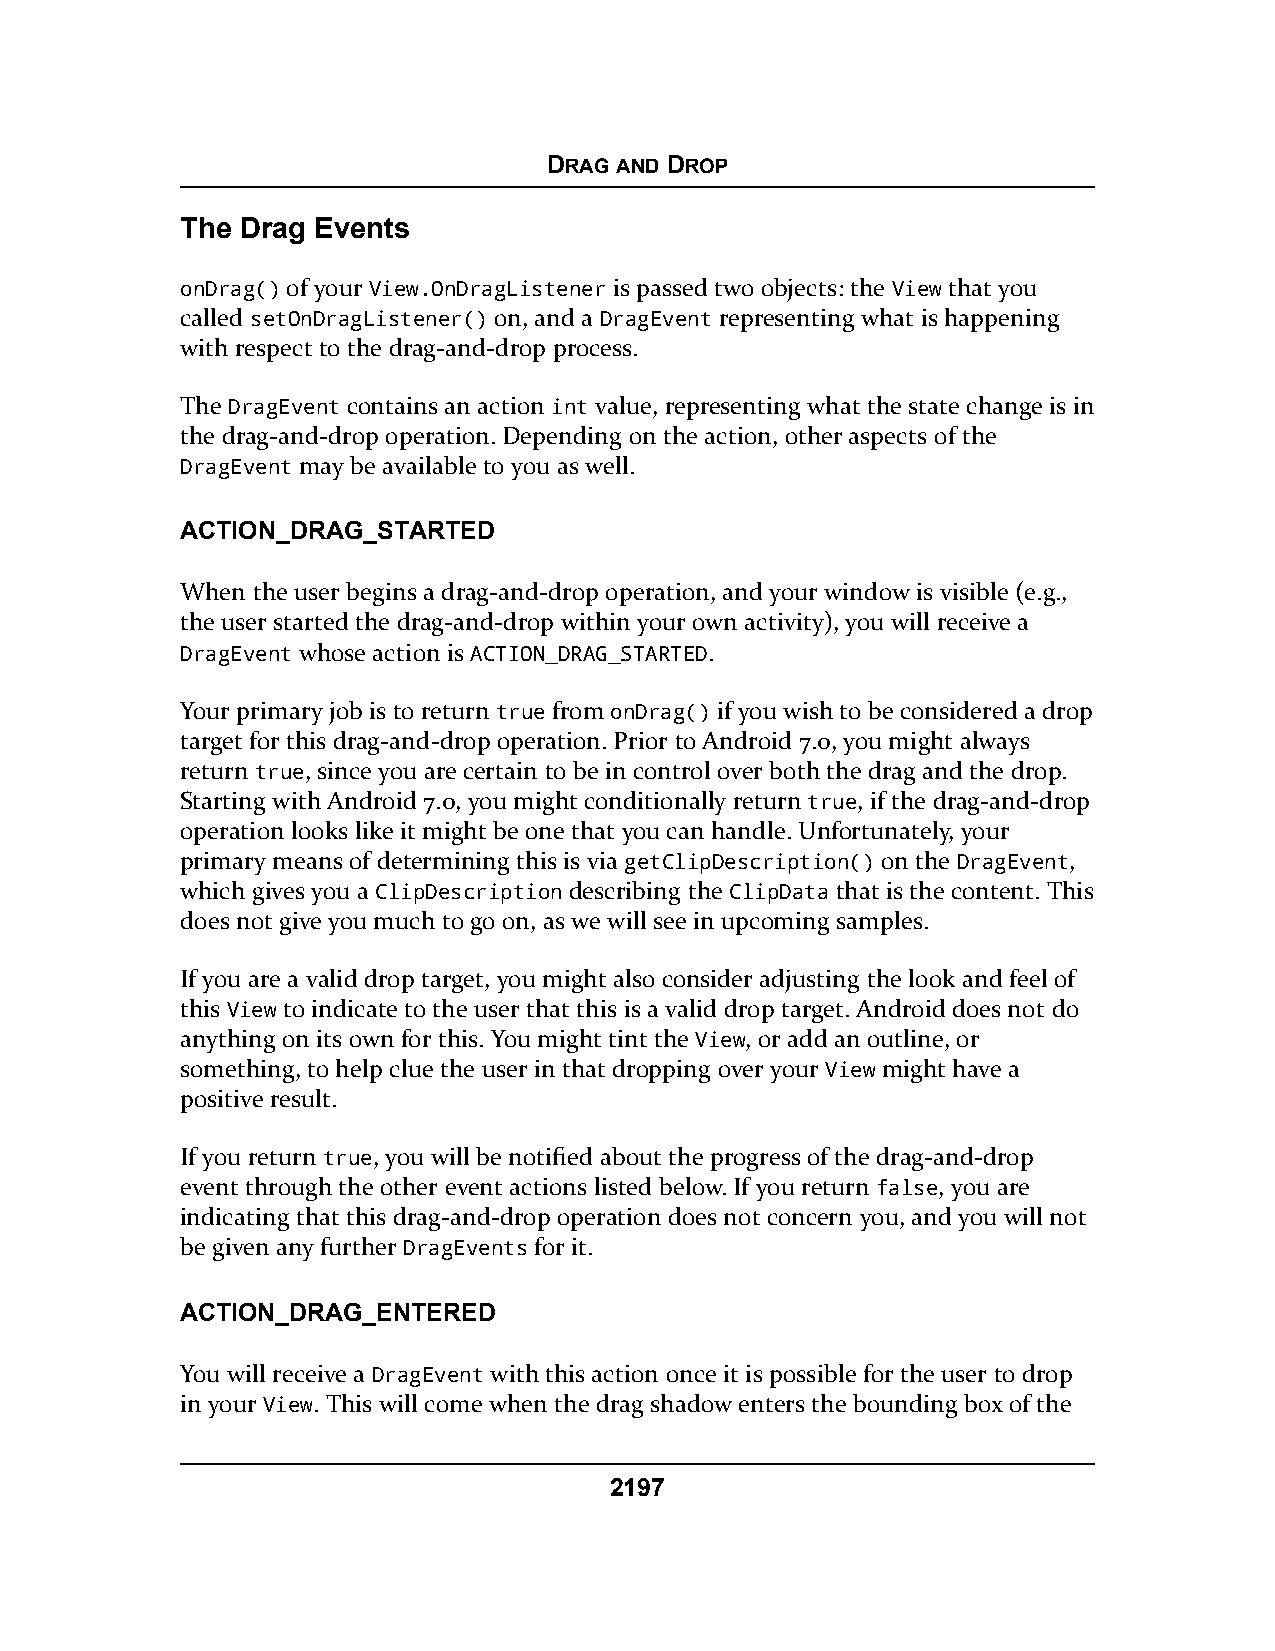
DRAG AND DROP
 The Drag Events
 onDrag() of your View.OnDragListener is passed two objects: the View that you
 called setOnDragListener() on, and a DragEvent representing what is happening
 with respect to the drag-and-drop process.
 The DragEvent contains an action int value, representing what the state change is in
 the drag-and-drop operation. Depending on the action, other aspects of the
 DragEvent may be available to you as well.
 ACTION_DRAG_STARTED
 When the user begins a drag-and-drop operation, and your window is visible (e.g.,
 the user started the drag-and-drop within your own activity), you will receive a
 DragEvent whose action is ACTION_DRAG_STARTED.
 Your primary job is to return true from onDrag() if you wish to be considered a drop
 target for this drag-and-drop operation. Prior to Android 7.0, you might always
 return true, since you are certain to be in control over both the drag and the drop.
 Starting with Android 7.0, you might conditionally return true, if the drag-and-drop
 operation looks like it might be one that you can handle. Unfortunately, your
 primary means of determining this is via getClipDescription() on the DragEvent,
 which gives you a ClipDescription describing the ClipData that is the content. This
 does not give you much to go on, as we will see in upcoming samples.
 If you are a valid drop target, you might also consider adjusting the look and feel of
 this View to indicate to the user that this is a valid drop target. Android does not do
 anything on its own for this. You might tint the View, or add an outline, or
 something, to help clue the user in that dropping over your View might have a
 positive result.
 If you return true, you will be notified about the progress of the drag-and-drop
 event through the other event actions listed below. If you return false, you are
 indicating that this drag-and-drop operation does not concern you, and you will not
 be given any further DragEvents for it.
 ACTION_DRAG_ENTERED
 You will receive a DragEvent with this action once it is possible for the user to drop
 in your View. This will come when the drag shadow enters the bounding box of the
 2197